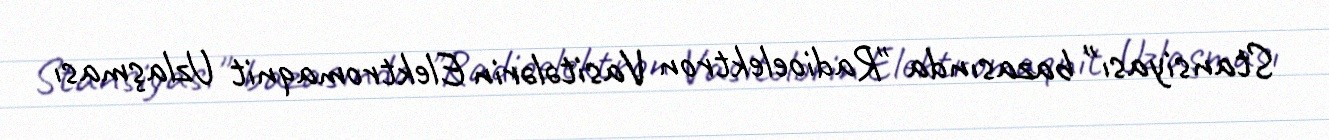
Stansiyası" bazasında "Radioelektron Vasitələrin Elektromaqnit Uzlaşması